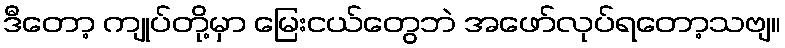
ဒီတော့ ကျုပ်တို့မှာ မြေးငယ်တွေဘဲ အဖော်လုပ်ရတော့သဗျ။